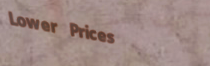
Lower Prices